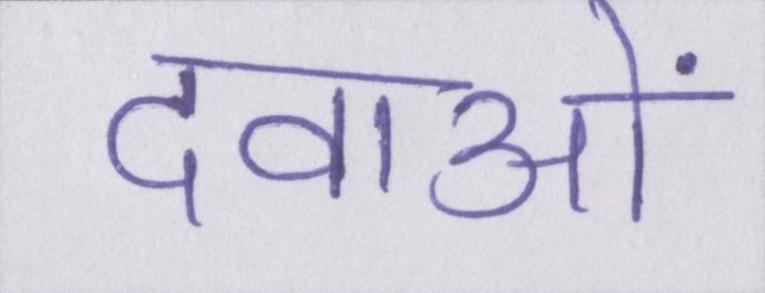
दवाओं